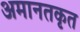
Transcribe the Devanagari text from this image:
अमानतकृत